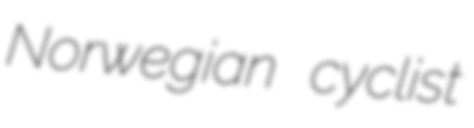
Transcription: Norwegian cyclist